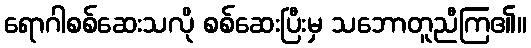
ရောဂါစစ်ဆေးသလို စစ်ဆေးပြီးမှ သဘောတူညီကြ၏။